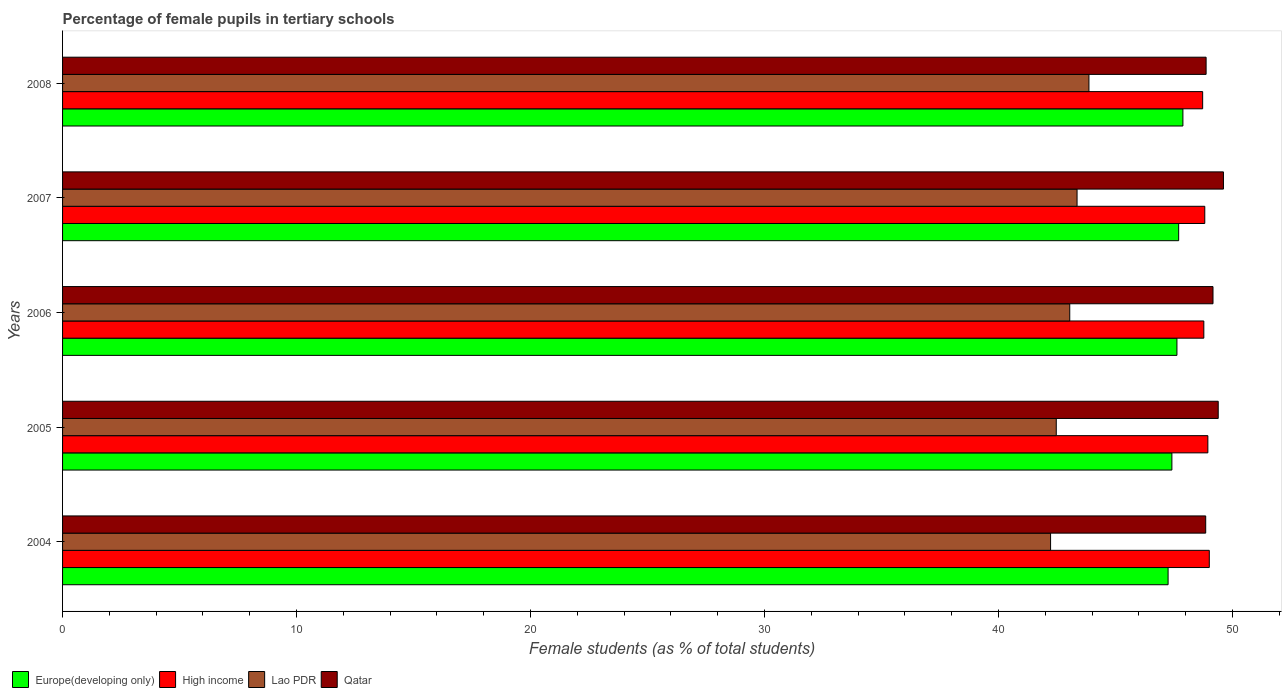
| Years | Europe(developing only) | High income | Lao PDR | Qatar |
 | --- | --- | --- | --- | --- |
 | 2004 | 47.2 | 49 | 42.2 | 48.9 |
 | 2005 | 47.4 | 48.9 | 42.5 | 49.4 |
 | 2006 | 47.6 | 48.8 | 43 | 49.2 |
 | 2007 | 47.7 | 48.8 | 43.4 | 49.6 |
 | 2008 | 47.9 | 48.7 | 43.9 | 48.9 |